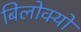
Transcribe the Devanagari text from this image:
बिलोक्यों